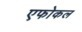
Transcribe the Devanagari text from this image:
एफोकल